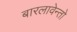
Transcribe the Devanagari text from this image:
बारलावेन्तो